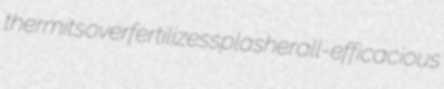
thermits overfertilizes splasher all-efficacious